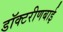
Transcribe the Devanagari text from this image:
डॉक्टरीणबाई